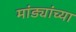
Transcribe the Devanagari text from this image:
मांड्यांच्या